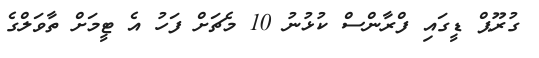
ގުރޫޕް ޑީގައި ފްރާންސް ކުޅުނު 10 މެޗަށް ފަހު އެ ޓީމަށް ތާވަލްގެ